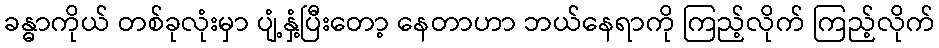
ခန္ဓာကိုယ် တစ်ခုလုံးမှာ ပျံ့နှံ့ပြီးတော့ နေတာဟာ ဘယ်နေရာကို ကြည့်လိုက် ကြည့်လိုက်